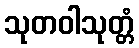
သုတဝါသုတ္တံ